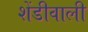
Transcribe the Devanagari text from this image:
शेंडीवाली